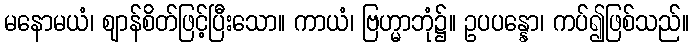
မနောမယံ၊ ဈာန်စိတ်ဖြင့်ပြီးသော။ ကာယံ၊ ဗြဟ္မာဘုံ၌။ ဥပပန္နော၊ ကပ်၍ဖြစ်သည်။